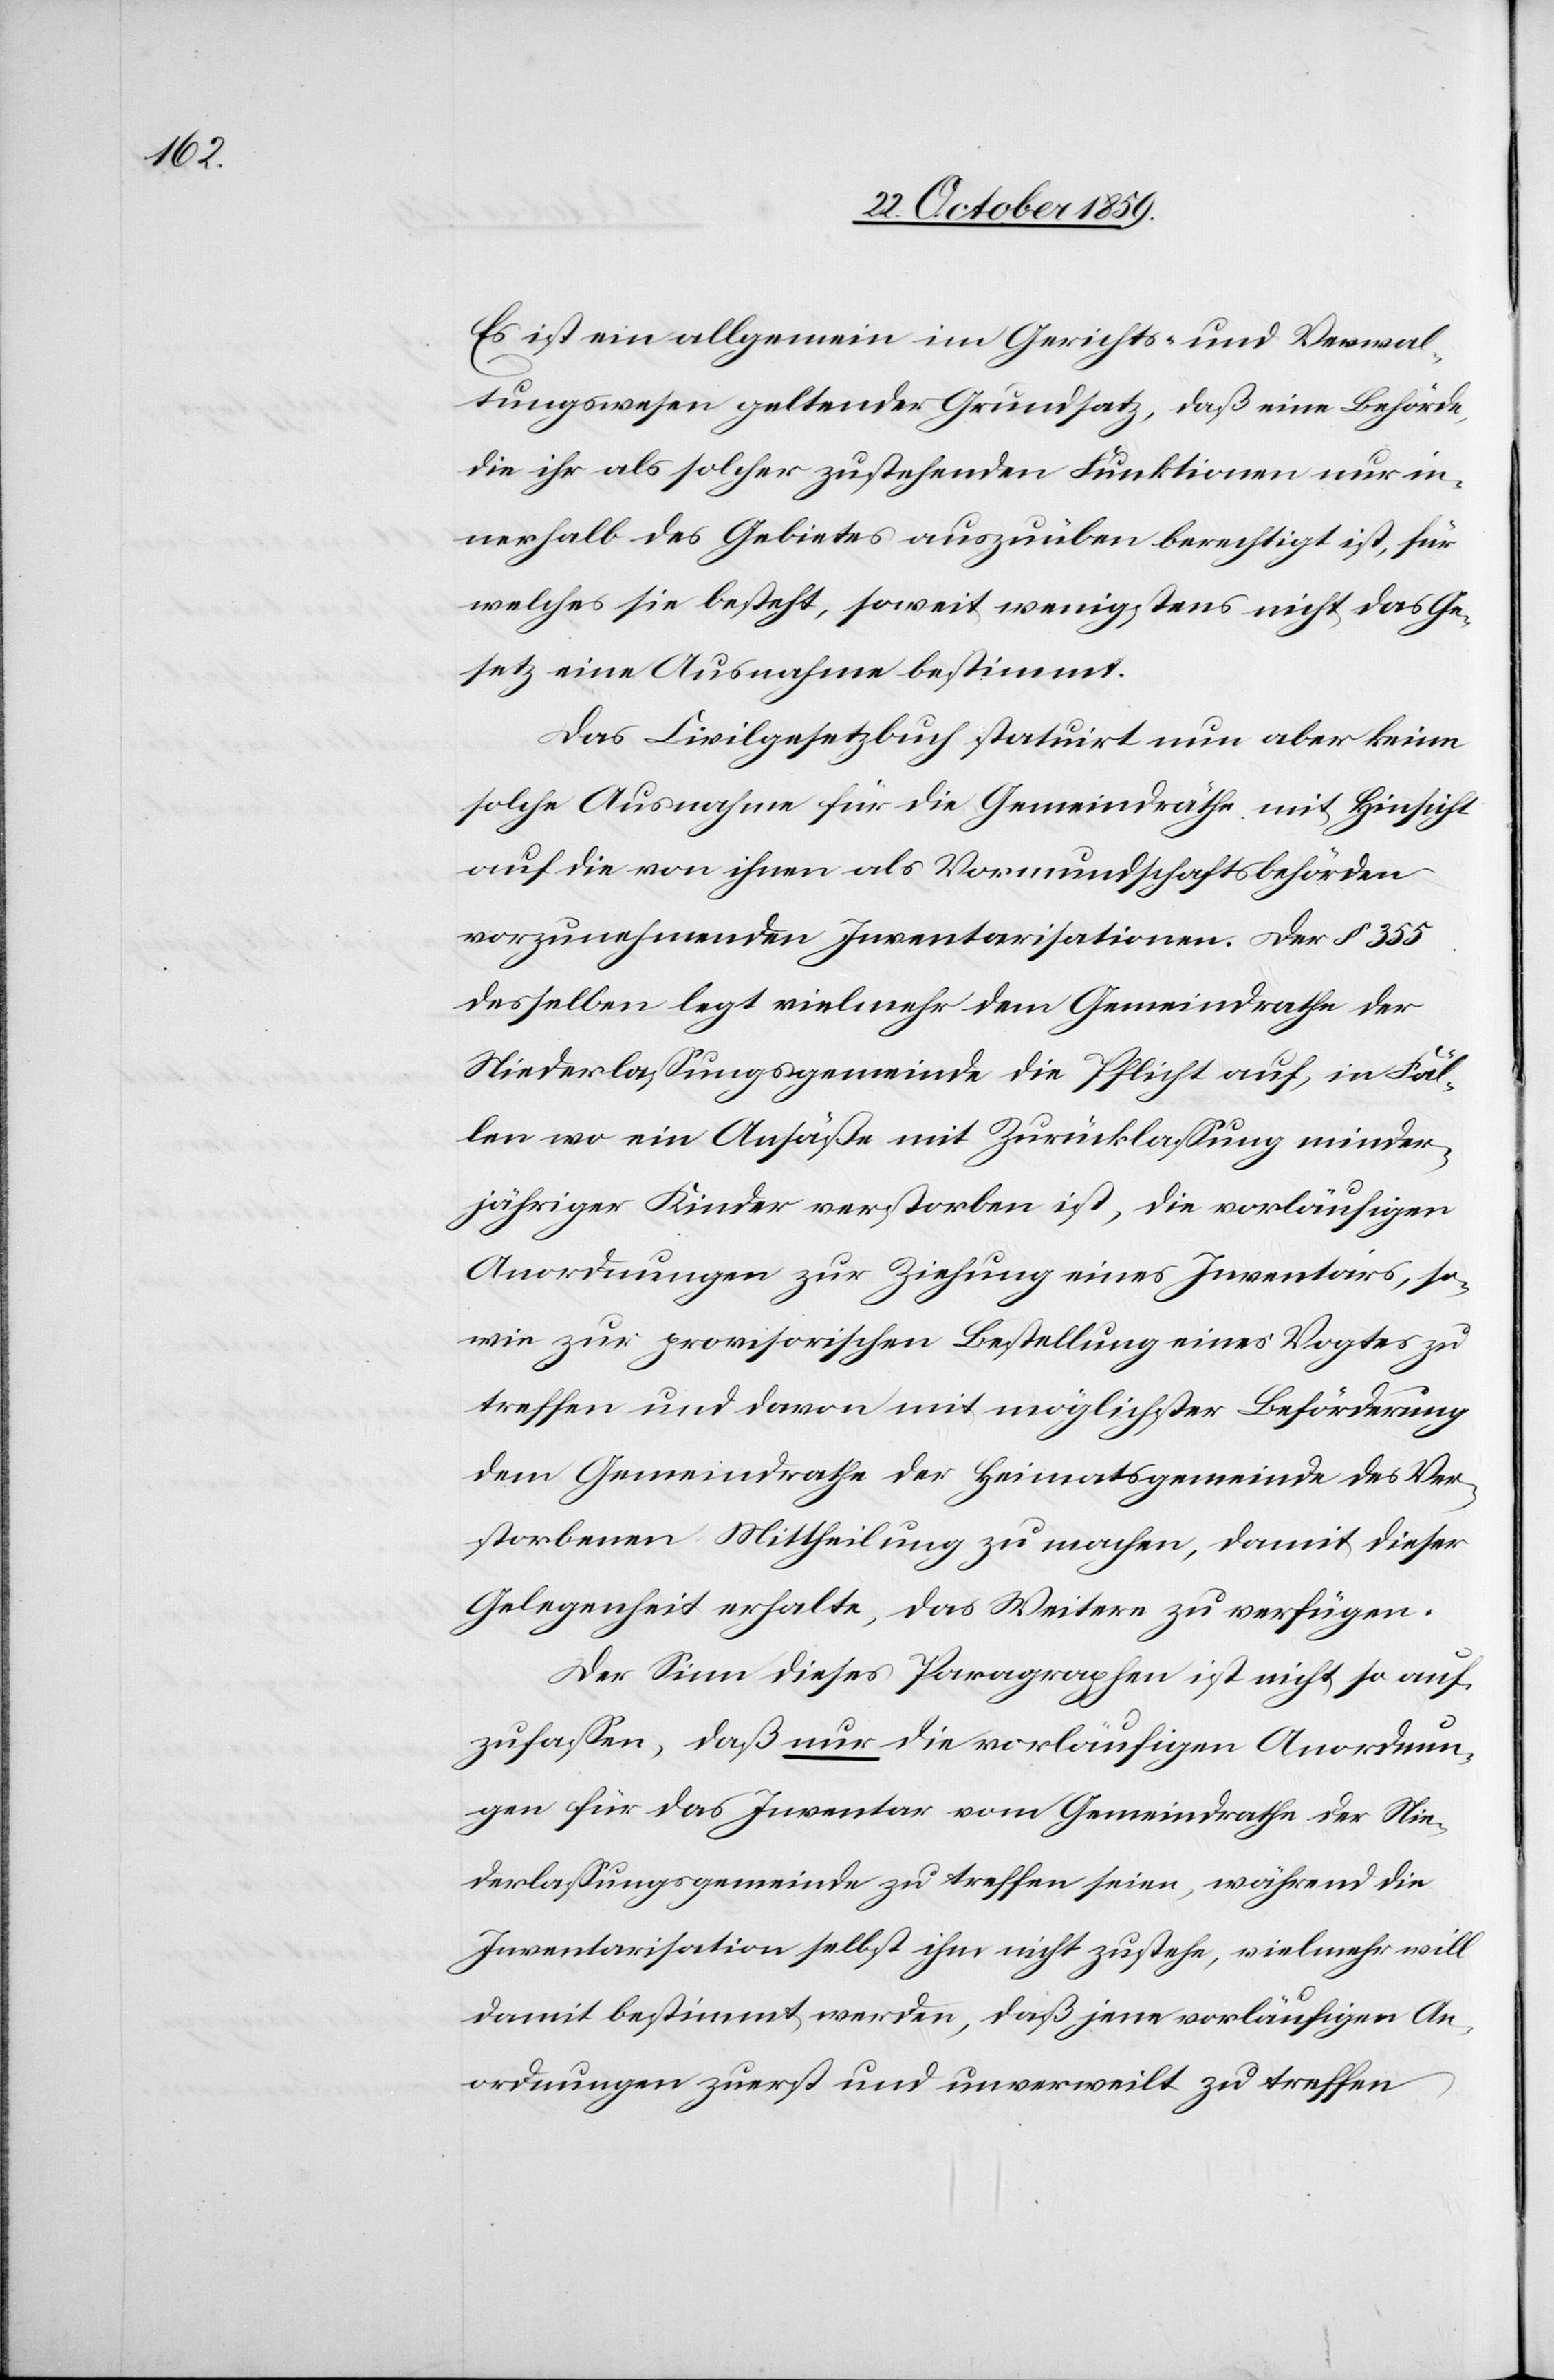
Es ist ein allgemein im Gerichts- und Verwal¬
tungswesen geltender Grundsatz, daß eine Behörde,
die ihr als solcher zustehenden Funktionen nur in¬
nerhalb des Gebietes auszuüben berechtigt ist, für
welches sie besteht, soweit wenigstens nicht das Ge¬
setz eine Ausnahme bestimmt.
Das Civilgesetzbuch statuirt nun aber keine
solche Ausnahme für die Gemeinderäthe mit Hinsicht
auf die von ihnen als Vormundschaftsbehörden
vorzunehmenden Inventarisationen. Der § 355
desselben legt vielmehr dem Gemeinderathe der
Niederlassungsgemeinde die Pflicht auf, in Fäl¬
len wo ein Ansäße mit Zurücklassung minder¬
jähriger Kinder verstorben ist, die vorläufigen
Anordnungen zu Ziehung eines Inventars, so¬
wie zur provisorischen Bestellung eines Vogtes zu
treffen und davon mit möglichster Beförderung
dem Gemeinderathe der Heimatgemeinde des Ver¬
storbenen Mittheilung zu machen, damit dieser
Gelegenheit erhalte, das Weitere zu verfügen.
Der Sinn dieses Paragraphen ist nicht so auf¬
zufassen, daß nur die vorläufigen Anordnun¬
gen für das Inventar vom Gemeinderathe der Nie¬
derlassungsgemeinde zu treffen seien, während die
Inventarisation selbst ihm nicht zustehe, vielmehr will
damit bestimmt werden, daß jene vorläufigen An¬
ordnungen zuerst und unverweilt zu treffen